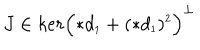
LaTeX: J \in k e r \Bigl ( \ast d _ { \scriptscriptstyle 1 } + ( \ast d _ { \scriptscriptstyle 1 } ) ^ { \scriptscriptstyle 2 } \Bigr ) ^ { \perp }